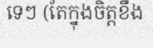
ទេៗ (តែក្នុងចិត្តខឹង